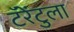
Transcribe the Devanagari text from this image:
टॅरेंटुला